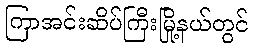
ကြာအင်းဆိပ်ကြီးမြို့နယ်တွင်